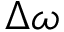
\Delta \omega